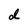
Character: d